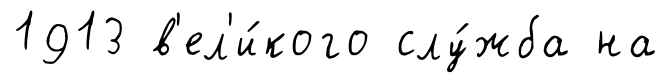
1913 в'ел'и́кого слу́жба на